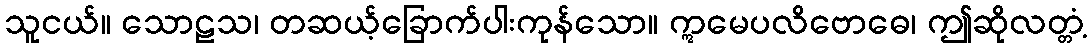
သူငယ်။ သောဠသ၊ တဆယ့်ခြောက်ပါးကုန်သော။ ဣမေပလိဗောဓေ၊ ဤဆိုလတ္တံ့